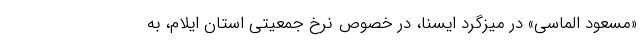
«مسعود الماسی» در میزگرد ایسنا، در خصوص نرخ جمعیتی استان ایلام، به